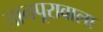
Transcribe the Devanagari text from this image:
तानपूरावाला